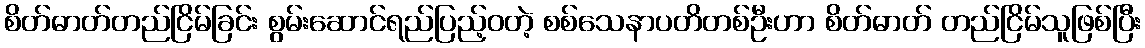
စိတ်ဓာတ်တည်ငြိမ်ခြင်း စွမ်းဆောင်ရည်ပြည့်ဝတဲ့ စစ်သေနာပတိတစ်ဦးဟာ စိတ်ဓာတ် တည်ငြိမ်သူဖြစ်ပြီး